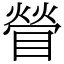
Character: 䁝